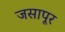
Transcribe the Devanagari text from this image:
जसापूर